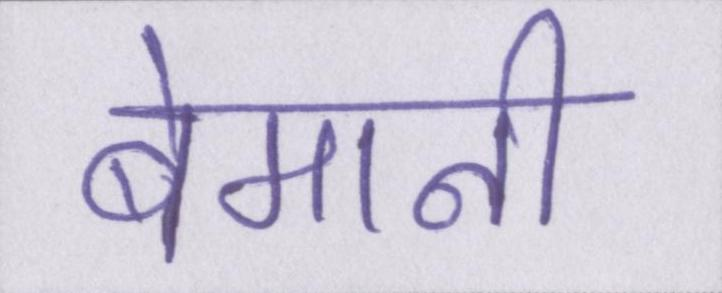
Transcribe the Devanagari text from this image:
बेमानी